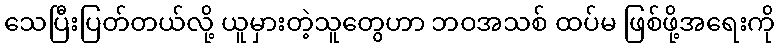
သေပြီးပြတ်တယ်လို့ ယူမှားတဲ့သူတွေဟာ ဘဝအသစ် ထပ်မ ဖြစ်ဖို့အရေးကို